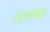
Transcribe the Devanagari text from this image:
सल्फ़